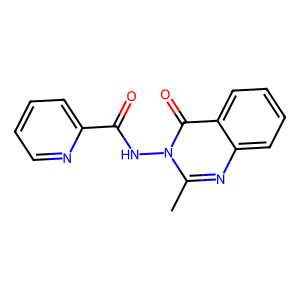
SMILES: Cc1nc2ccccc2c(=O)n1NC(=O)c1ccccn1
Inhibits HIV replication: No